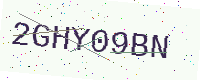
Text: 2GHY09BN